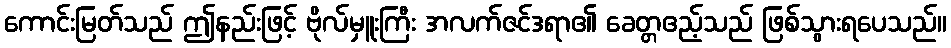
ကောင်းမြတ်သည် ဤနည်းဖြင့် ဗိုလ်မှူးကြီး အလက်ဇင်ဒရာ၏ ခေတ္တဧည့်သည် ဖြစ်သွားရပေသည်။